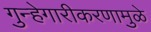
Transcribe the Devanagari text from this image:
गुन्हेगारीकरणामुळे